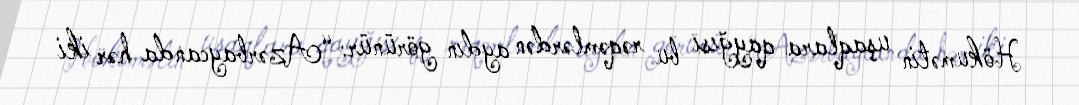
Hökumətin uşaqlara qayğısı bu rəqəmlərdən aydın görünür: “Azərbaycanda hər iki